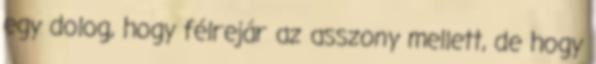
egy dolog, hogy félrejár az asszony mellett, de hogy